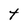
Character: t